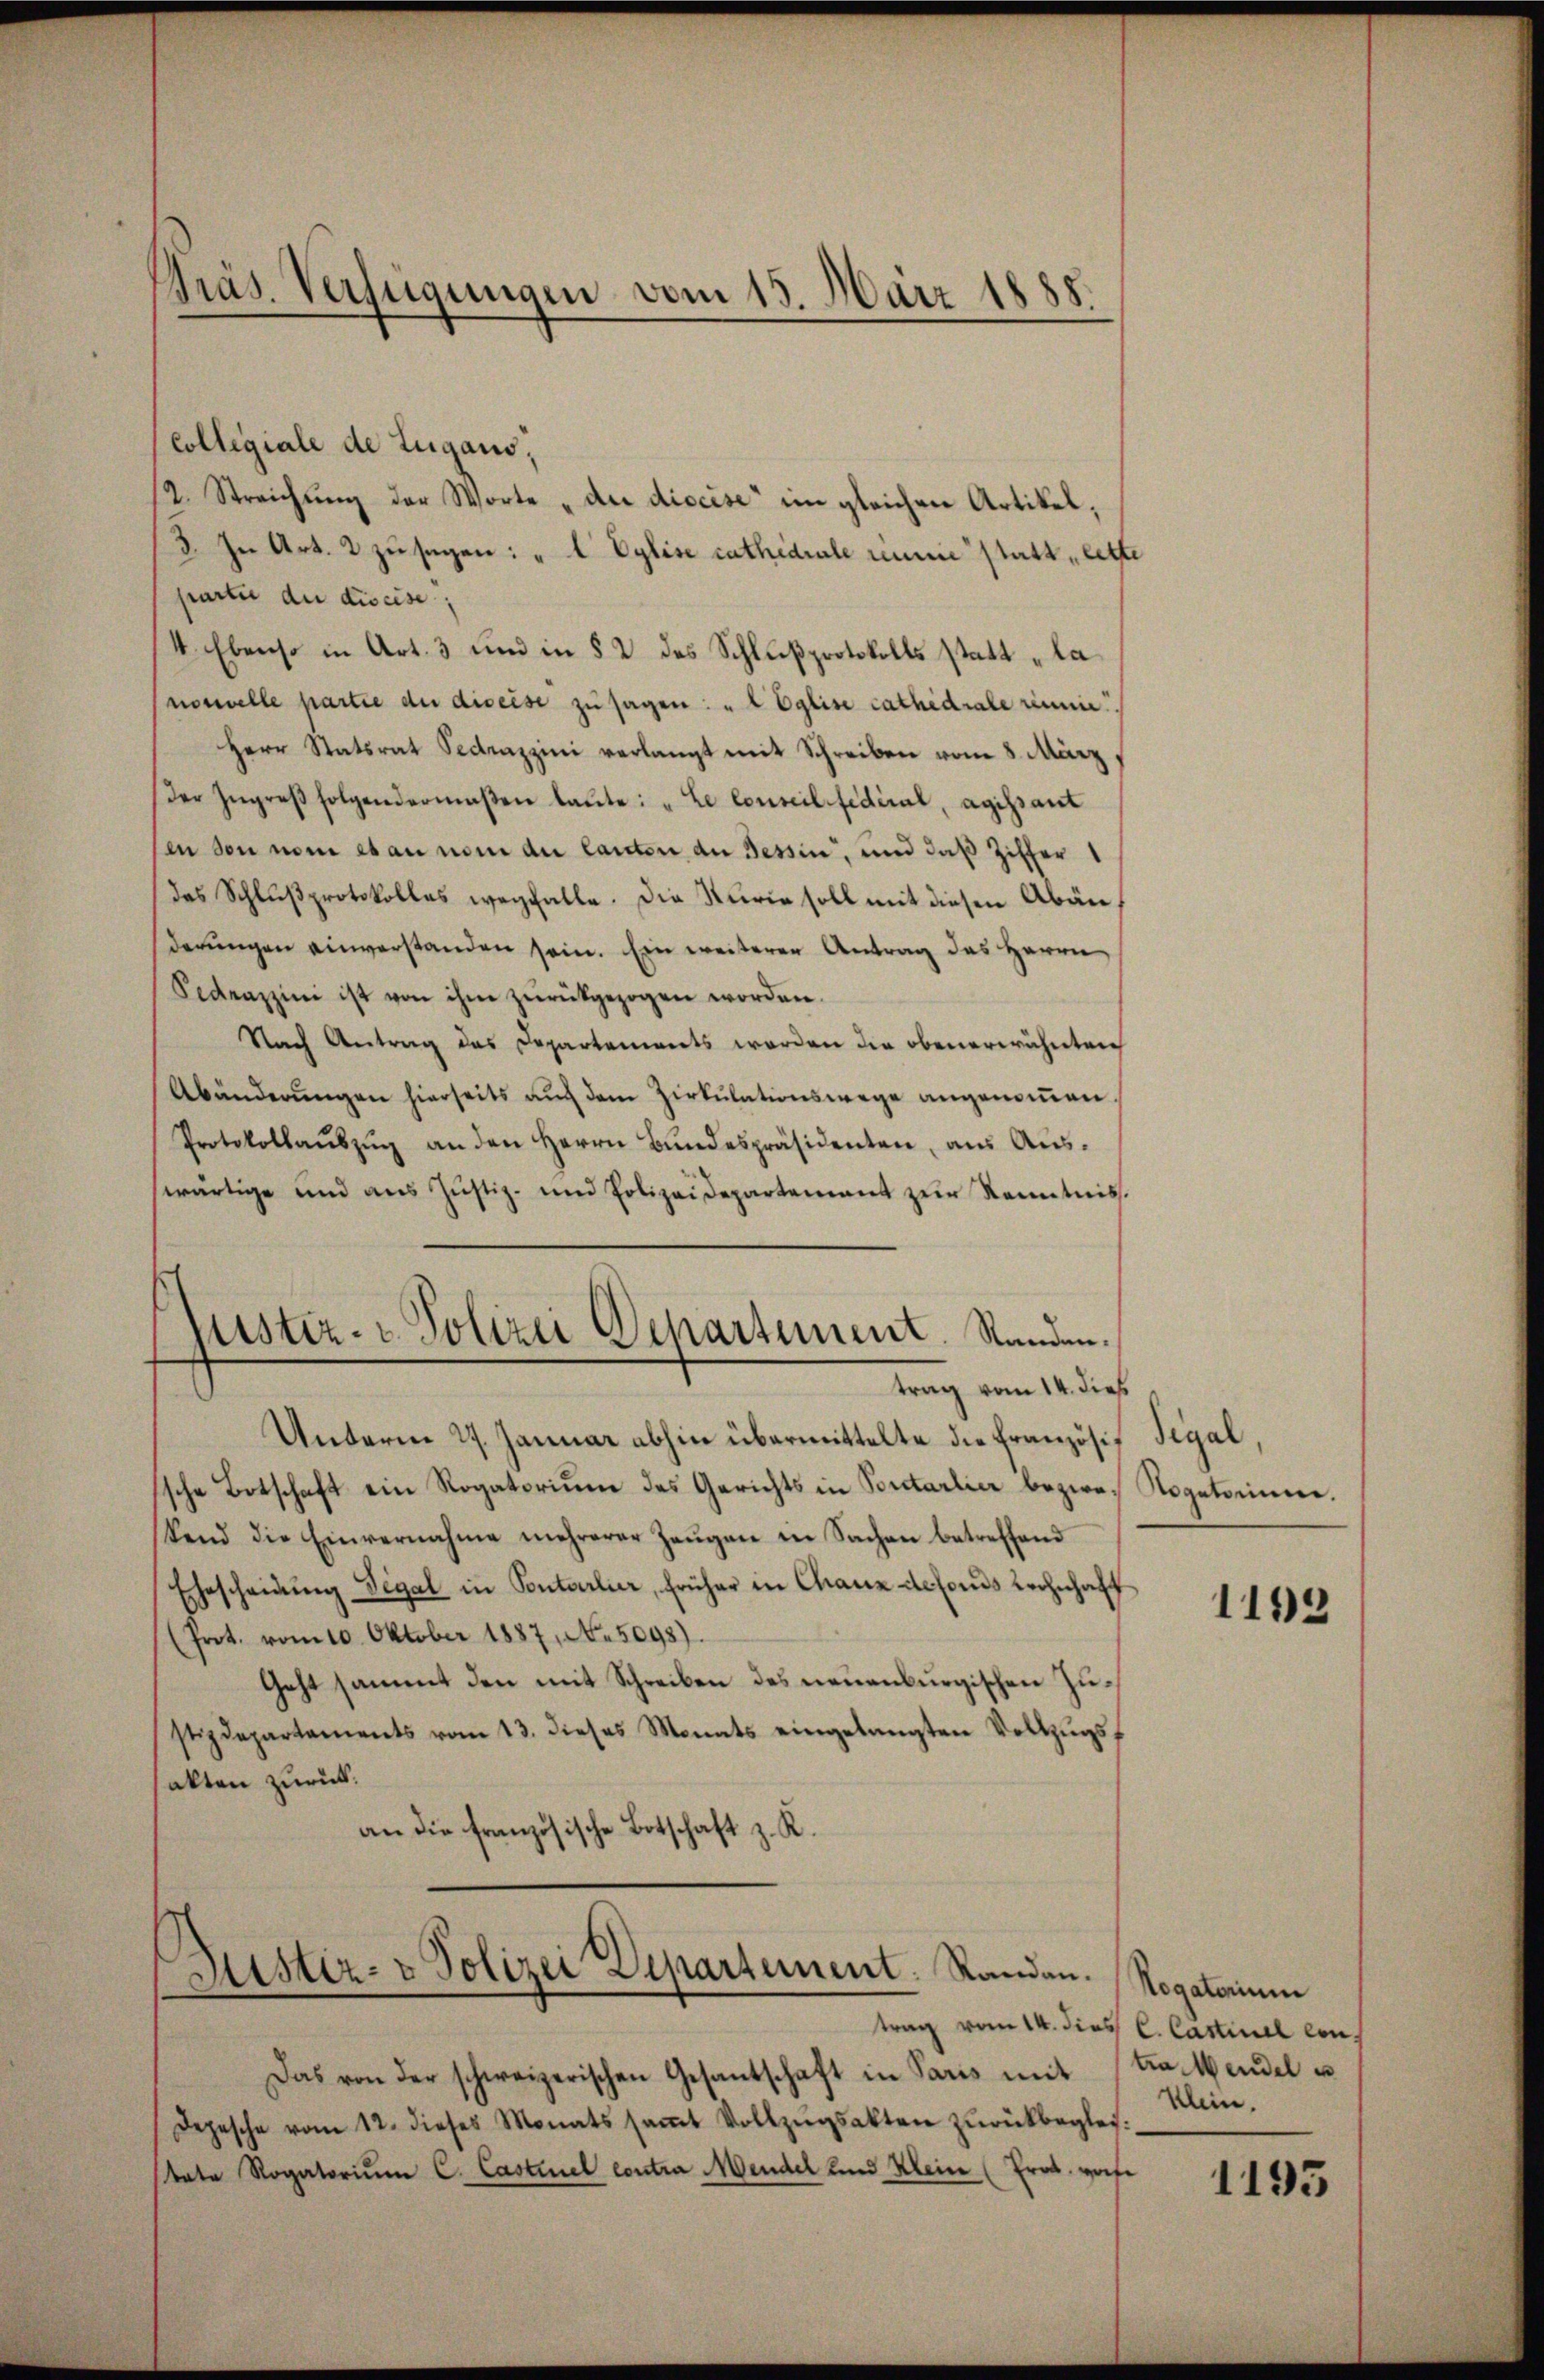
Präs. Verfügungen vom 15. März 1888.

Collegiale de Lugano,
12. Streichŭng der Worte „du diccise“ im gleichen Artikel,
3. In Art. 2 zusagen: „I Eglise cathedrale meine statt let
partie die diseise,
(V. Ebenso in Art. 3 und in § 2 des Schlußprotokolls statt „la
norwelle partie du diseise zu sagen: "l Eglise cathedrale remie
Herr Statsrat Secrazzini verlangt mit Schreiben vom 8. März
Der Ingreβ folgendermaßen laŭte: „Le conseil fédéral, agissant
sen den nom et an nom du lauten der Tessin, und daß Ziffer
das Schlußprotokolles wegfalle. Die Sturie soll mit diesen Abänderungen einverstanden sein. Ein weiterer Antrag des Herrn
Sedeazzini ist von ihm zŭrückgezogen worden.
Nach Antrag das Departements worden die obenerwähnten
Abänderŭngen hierseits auch dem Zirkŭlationswege angenoṁen.
Protokollaŭszŭg an den Herrn Bŭndespräsidenten, aŭs Aŭs-
wärtige und aus Justiz- und Polizeidepartement zur Kenntnis
lustiz- & Polizei Departement. Standen.
trag vom 14. dieß
Unterm 27. Januar abhin übermittelte die Französif Tigal,
sche Botschaft ein Rogatorium des Gerichts in Portarlier bezwei Rogatorinne.
tend die Einvernahme mehrerer Zeŭgen in Sachen betreffend
Ehescheidŭng Segal in Pontarlier, früher in Chaux Actors Wohnhaff
(Prot. vom 10. Oktober 1887, No. 5098).
Geht sammt den mit Schreiben des neuenburgischen Zustizdepartements vom 13. dieses Monats eingelangten Vollzŭgsf
sakten zurück.
an die französische Botschaft z. R.

Justiz- & Polizei Departement. Standen.

Das von der schweizerischen Gesantschaft in Paris mit tratendel u
Depesche vom 12. dieses Monats saṁt Vollzŭgsakten zŭrückbeglei
state Rogatorium C. Castinel contra Mendel und Mein (Prod. worfe

1192

Negatorium
trag vom 14. dies C. Castinel con
Klein.

1195